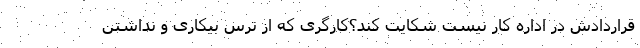
قراردادش در اداره کار نیست شکایت کند؟کارگری که از ترس بیکاری و نداشتن